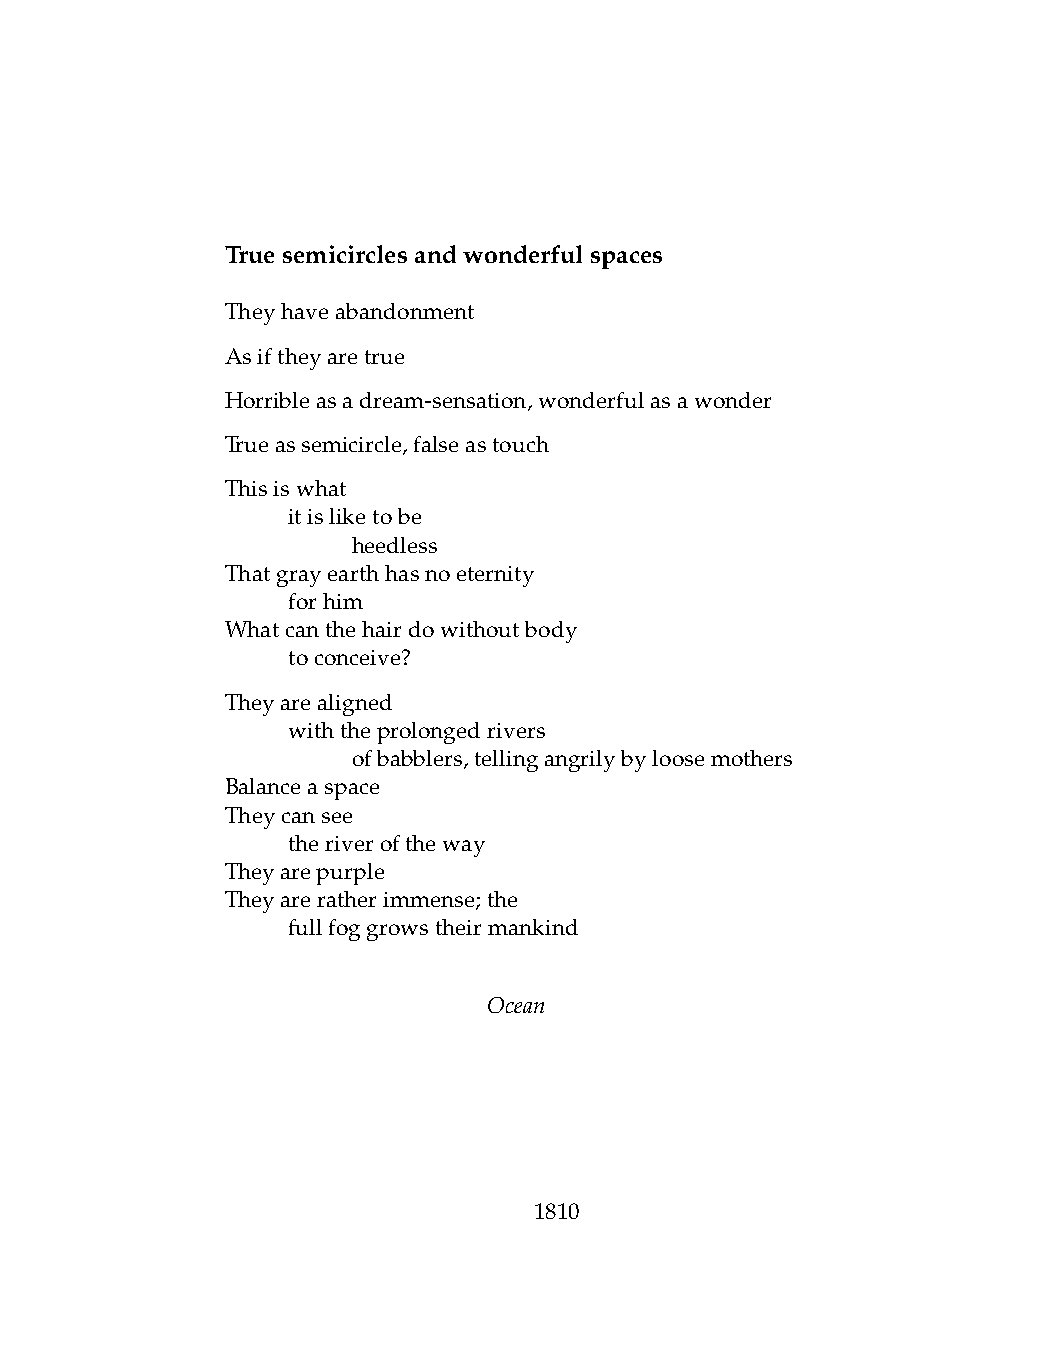
Truesemicirclesandwonderfulspaces
 Theyhaveabandonment
 Asiftheyaretrue
 Horribleasadream-sensation,wonderfulasawonder
 Trueassemicircle,falseastouch
 Thisiswhat
 .   itisliketobe
 .   .   heedless
 Thatgrayearthhasnoeternity
 .   forhim
 Whatcanthehairdowithoutbody
 .   toconceive?
 Theyarealigned
 .   withtheprolongedrivers
 .   .   ofbabblers,tellingangrilybyloosemothers
 Balanceaspace
 Theycansee
 .   theriveroftheway
 Theyarepurple
 Theyareratherimmense;the
 .   fullfoggrowstheirmankind
 Ocean
 1810